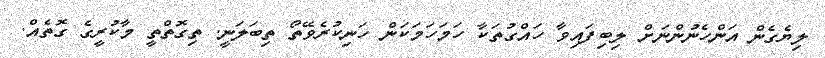
ލިޔެގެން އަންހެނުންނަށް ލިބިފައިވާ ހައްގުތަކާ ހަމަހަމަކަން ހަނިކުރެވޭތޯ ތިބަލަނީ. ތިގޮތްތީ މާކުރީގެ ގޮތެއް.